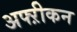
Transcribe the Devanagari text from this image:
अफ्ऱीकन